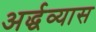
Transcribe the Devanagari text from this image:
अर्द्धव्यास